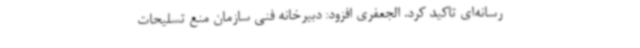
رسانه‌ای تاکید کرد. الجعفری افزود: دبیرخانه فنی سازمان منع تسلیحات